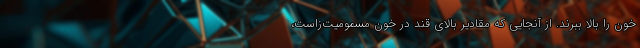
خون را بالا ببرند. از آنجایی که مقادیر بالای قند در خون مسمومیت‌زاست،